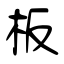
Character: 板